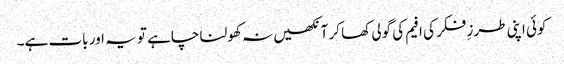
کوئی اپنی طرزِ فکر کی افیم کی گولی کھا کر آنکھیں نہ کھولنا چاہے تو یہ اور بات ہے۔